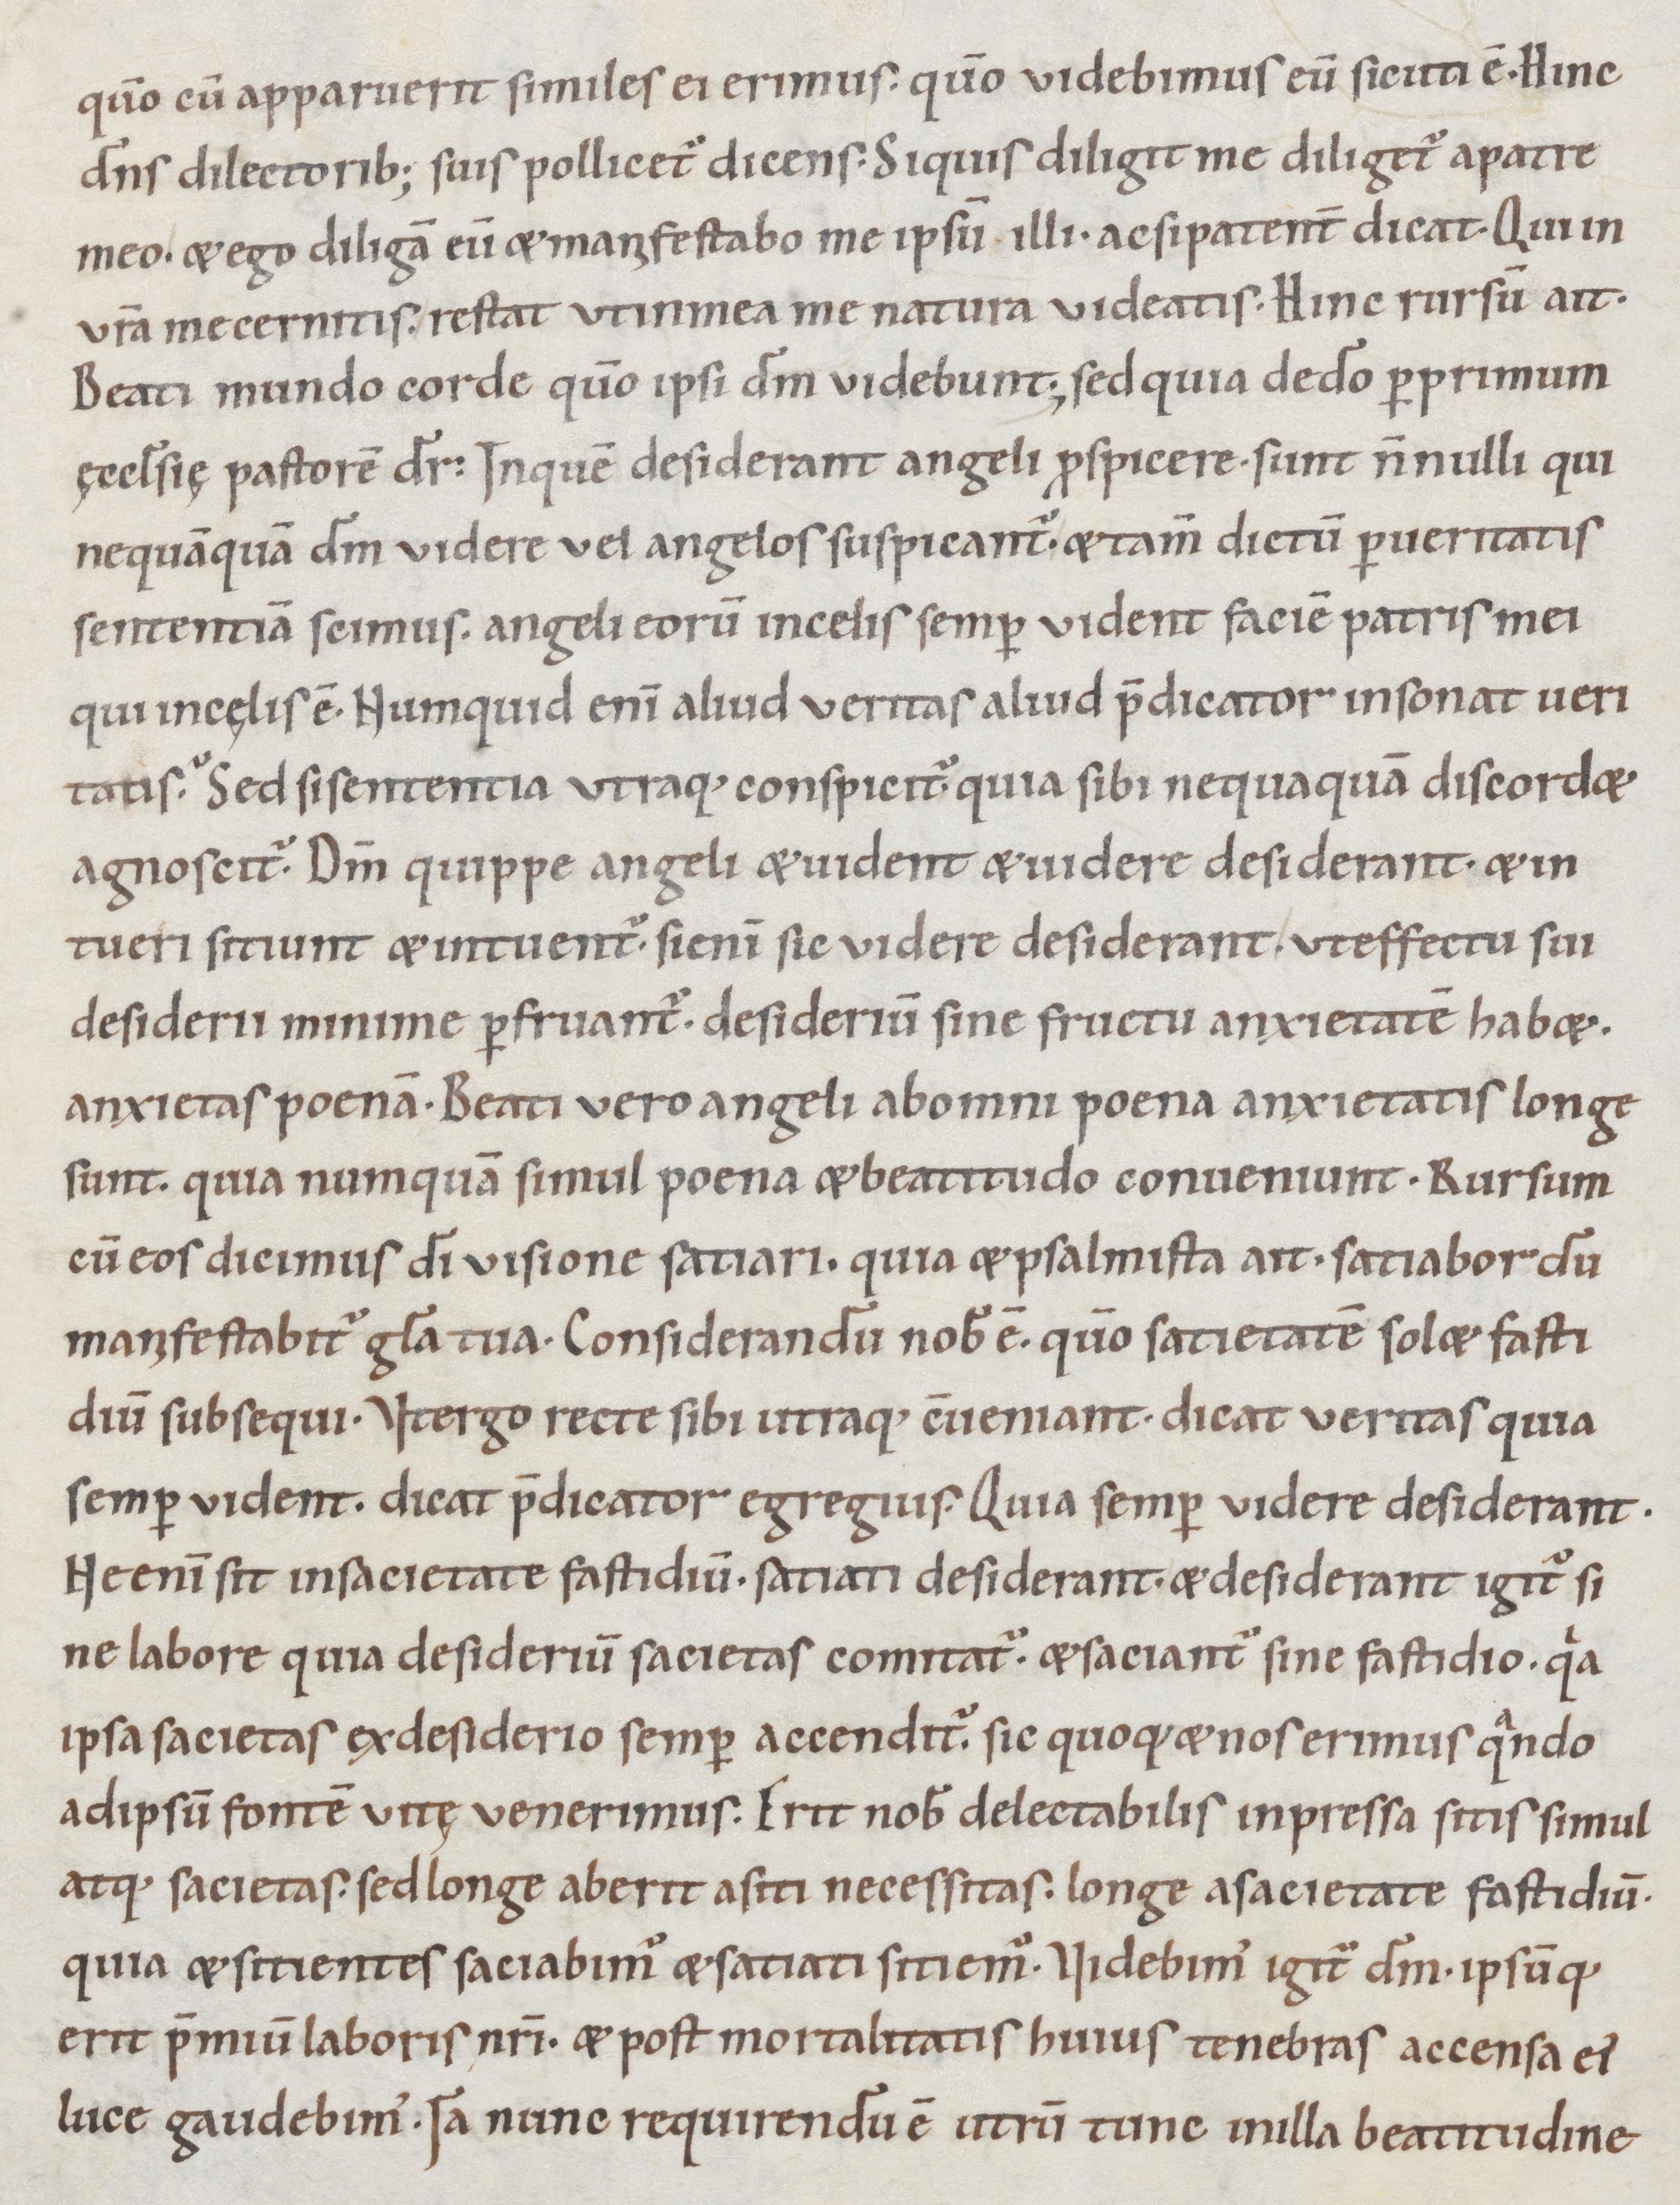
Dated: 1000–1099